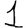
Digit: 1